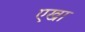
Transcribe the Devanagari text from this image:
एखा